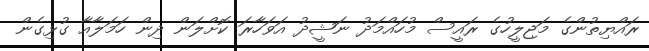
ރައްޔިތުންގެ މަޖިލީހުގެ ރައީސް މުހައްމަދު ނަޝީދު އަވަހާރަ ކޮށްލަން ދިން ހަމަލާއާ ގުޅިގެން